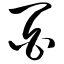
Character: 百